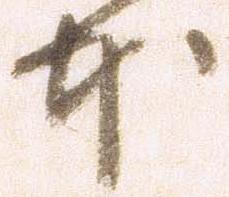
本